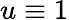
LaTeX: u\equiv 1